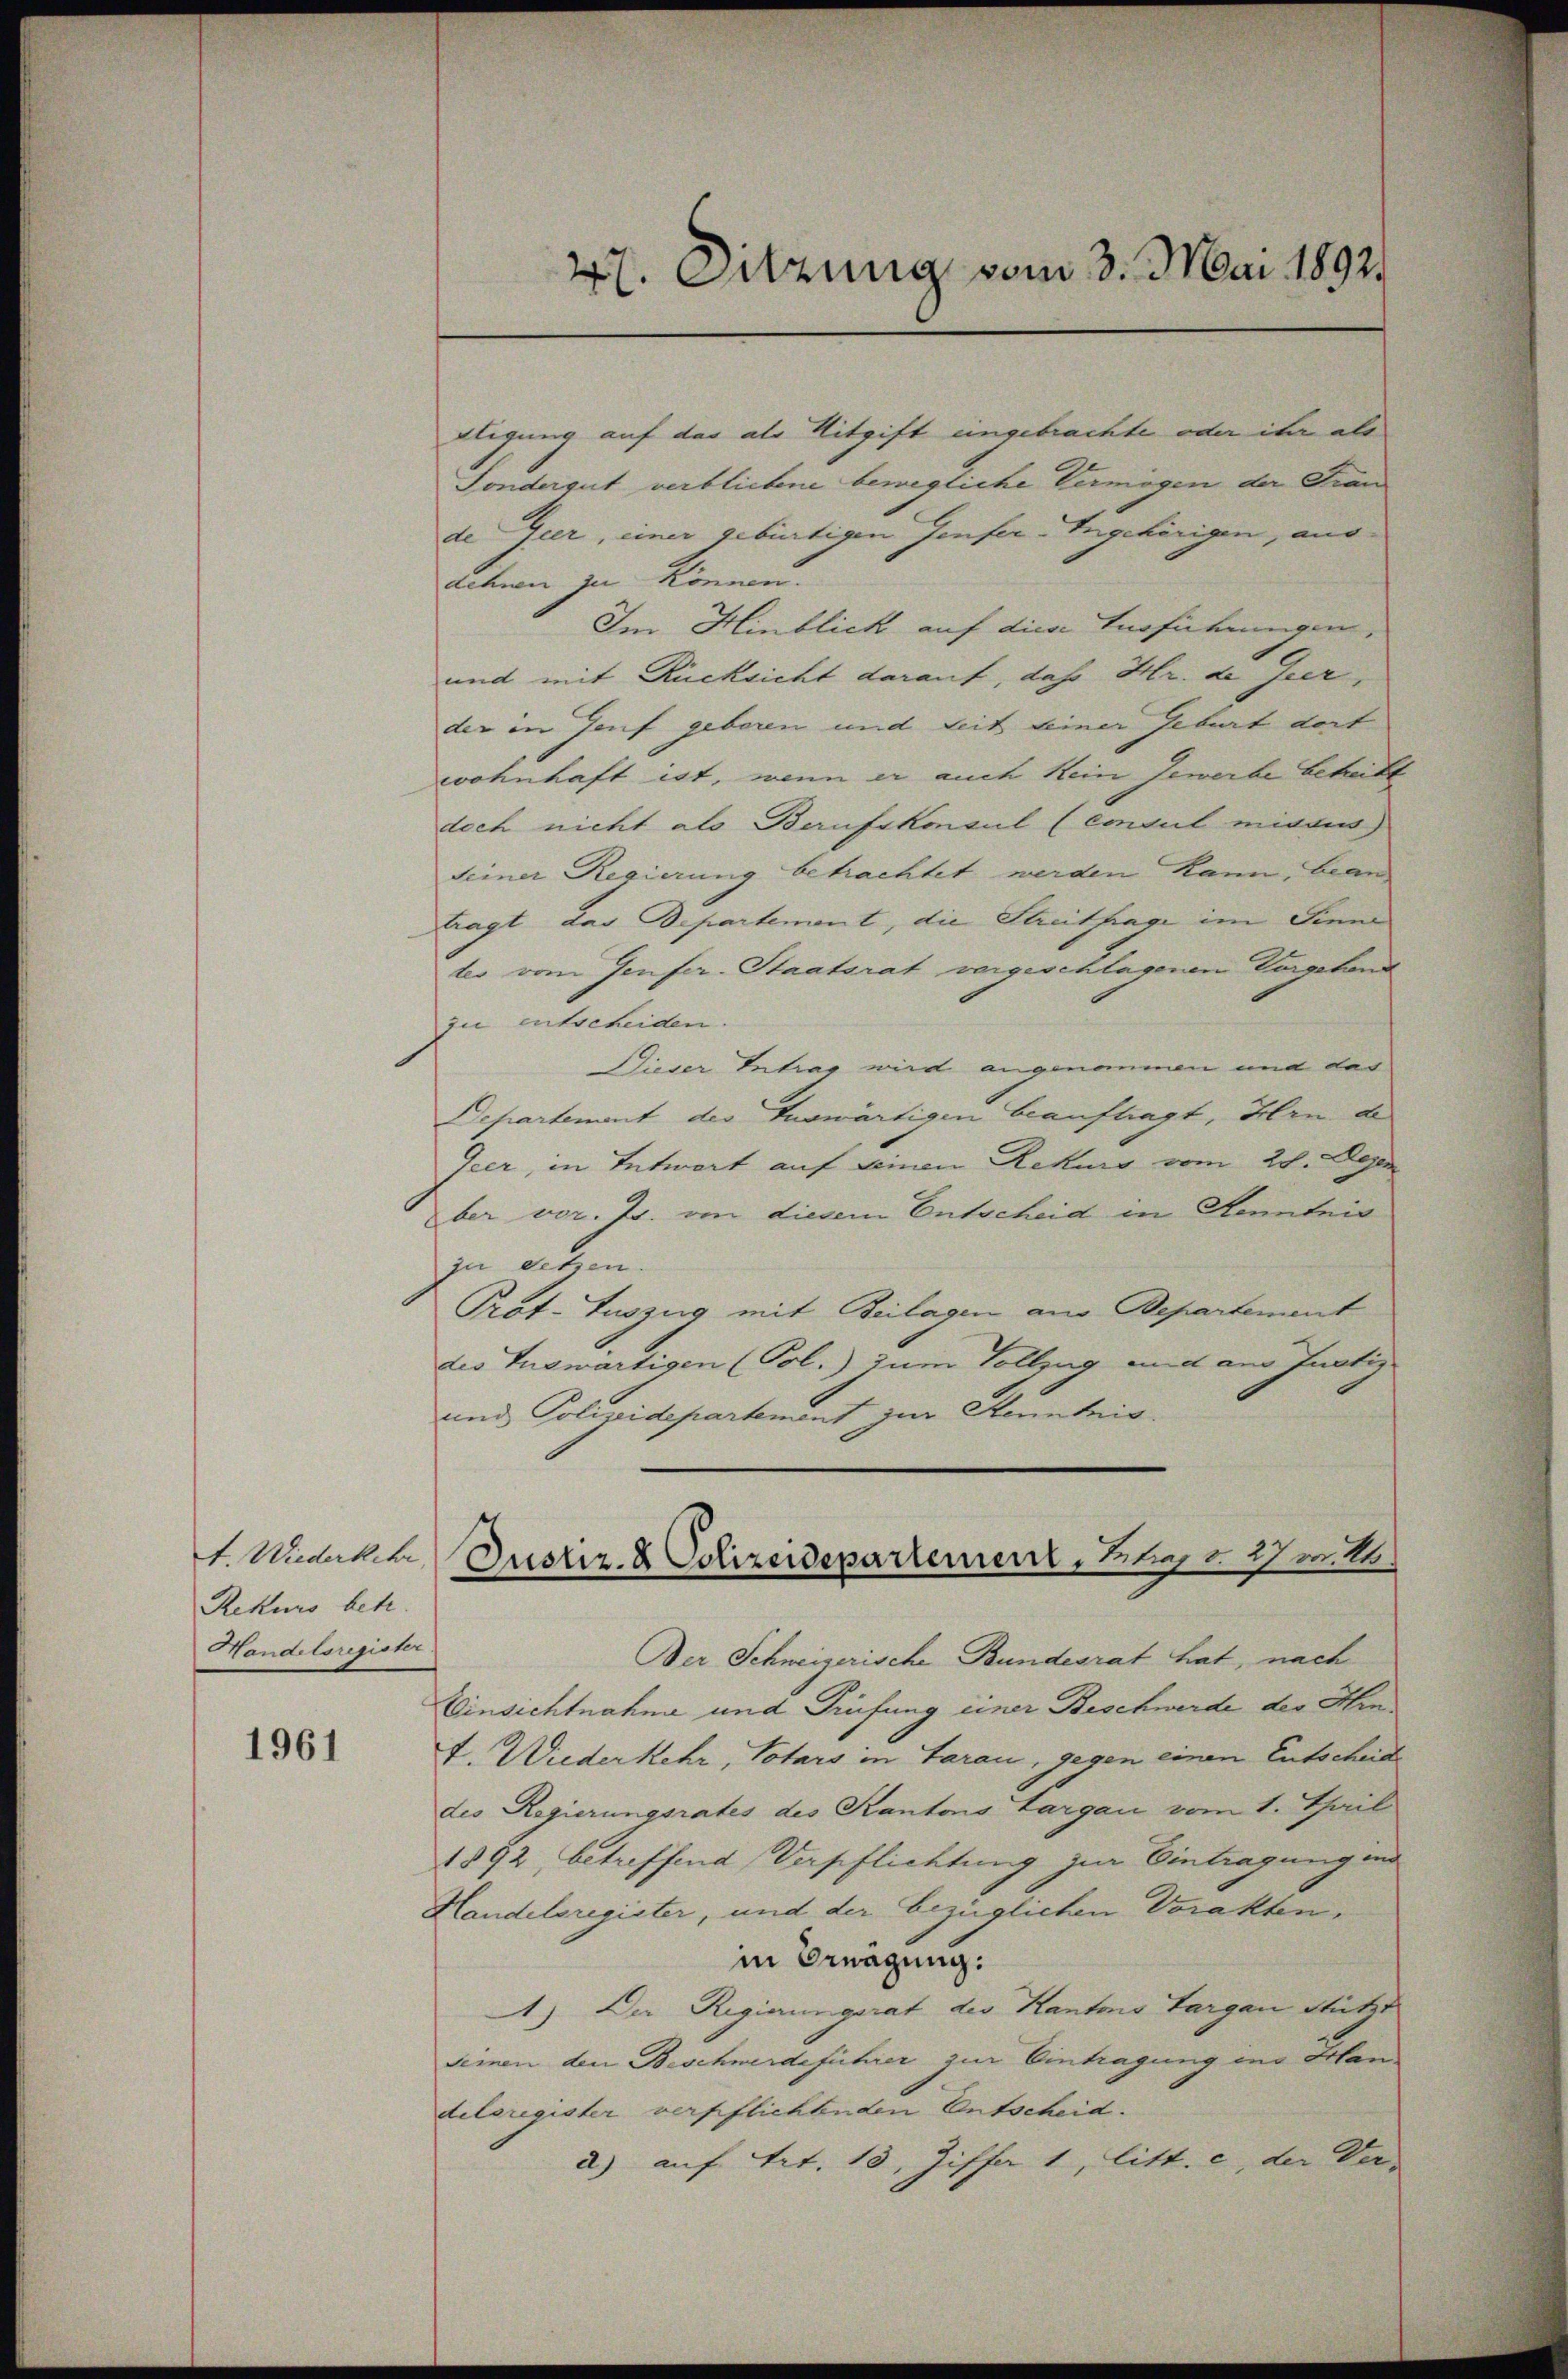
4. Wiederkehr
Rekurs betr
Handelsregister

1961

iligung auf das als Mitgift angebrachte oder ihr als
Sondergut verbliebene bewegliche Vermögen der Fran
de Geer, einer gebürtigen Genfer-Angehörigen, aus
dehnen zu können.
Im Hinblick auf diese Ausführungen,
und mit Rücksicht darauf, daß Hr. de Gier,
der in Genf geboren und seit seiner Geburt dort
wohnhaft ist, wenn er auch kein Jewerbe betrett
doch nicht als Berufskonsul (consul mitaus
seiner Regierung betrachtet werden kann, bean
tragt, das Departement, die Streitfrage im Sinne
ter vom Genfer. Staatsrat vorgeschlagenen Vorgehind
zu entscheiden.
Dieser Intrag wird angenommen und das
Departement der Auswärtigen beauftragt, Hrn de
Geer, in Entwort auf seinen Rekurs vom 28. Der
ber vor. Js. von diesem Entscheid in Kenntnis
ju setzen.
Prot. Tuszug mit Beilagen aus Departement
dis Tuswärtigen (Pol.) zum Vollzug mit am Justiz
und Polizeidepartement zur Kenntnis.
Der Schweizerische Bundesrat hat, nach
Einsichtnahme und Prüfung einer Beschwerde des Hint. Wiederkehr, Votars in Garan, gegen einen Entscheid
des Regierungsrates des Kantons Largau vom 1. Thail
1892 betreffend Verpflichtung zur Eintragung ins
Handelsregister, und der bezüglichen Vorakten,
in Brägung:
1) Der Regierungsrat des Kantons Sargau stützt
semen den Beschwerdeführer zur Eintragung der Behan
delsregister verpflichtenden Entscheid.
a) auf Art. 13, Ziff. 1, litt. c, der Ver-

47. Sitzung vom 3. Mai 1892.

Justiz- & Polizeidepartement, Elias v. 27 v. 24